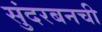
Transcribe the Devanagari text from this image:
सुंदरबनची